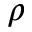
\rho